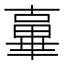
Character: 𱑓